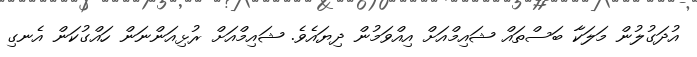
އުދަގުލުން މަލަކާ ބަސްތައް ޝައިމްއަށް އިއްވަމުން ދިޔައެވެ. ޝައިމްއަށް ރުޅިއަންނަން ހައްގުކަން އެނގި